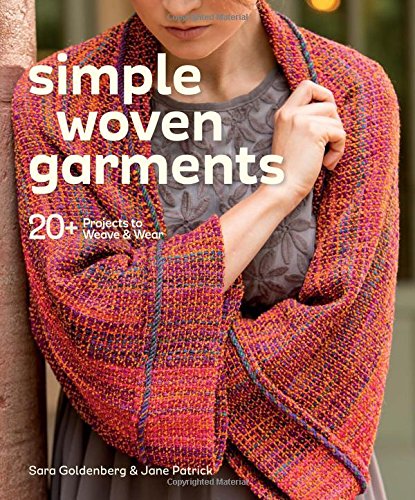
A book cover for Simple Woven Garments: 20+ Projects to Weave & Wear; Sara Goldenberg; Crafts, Hobbies & Home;